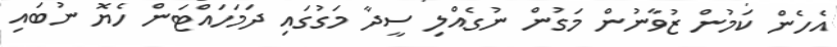
އެހެން ކަމުން ޒުވާނުން މަގުން ނުގެއްލި ސީދާ މަގުގައި ދަމަހައްޓަން ހެޔޮ ނުބައި